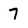
Character: 7